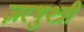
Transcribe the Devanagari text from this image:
ज़रथुश्त्री